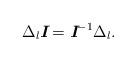
LaTeX: \begin{align*} \Delta _l\textit{\textbf{I}} = \textit{\textbf{I}}^{-1}\Delta _l.\end{align*}